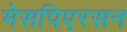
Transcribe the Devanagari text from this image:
मेसपिएरसन